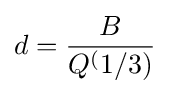
d={\frac {B}{Q^{(}1/3)}}